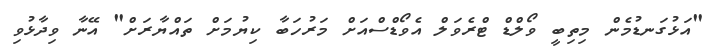
"އަޅުގަނޑުމެން މިތިބީ ވޯލްޑް ޓްރެވަލް އެވޯޑްސްއަށް މަރުހަބާ ކިޔުމަށް ތައްޔާރަށް" އޭނާ ވިދާޅުވި